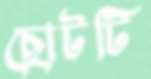
ছোটটি